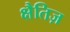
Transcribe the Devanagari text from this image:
क्षैतिज़